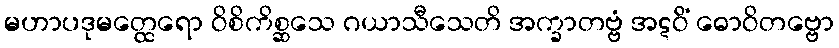
မဟာပဒုမတ္ထေရော ဝိစိကိစ္ဆသေ ဂယာသီသေတိ အက္ခာတဗ္ဗံ အဋဝိံ ဓောဝိတဗ္ဗော